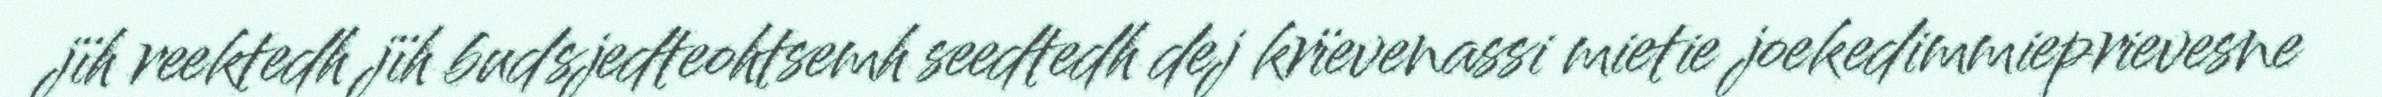
jïh reektedh jïh budsjedteohtsemh seedtedh dej krïevenassi mietie joekedimmieprievesne